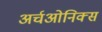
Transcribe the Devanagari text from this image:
अर्चओनिक्स